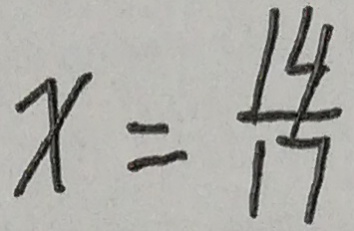
x = \frac { 1 4 } { 1 7 }